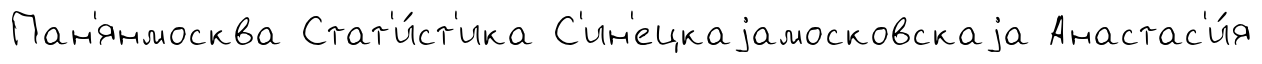
Пан'янмосква Стат'и́ст'ика С'ин'ецкаjамосковскаjа Анастас'и́я